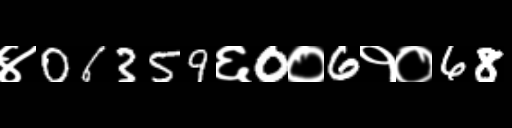
Text: ४06359६0०6१०68